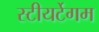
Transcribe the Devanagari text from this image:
स्टीयर्टेगम